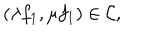
LaTeX: ( \lambda f _ { 1 } , \mu f _ { 1 } ) \in { \cal C } ,